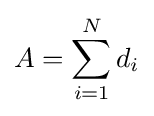
A=\sum _{i=1}^{N}d_{i}